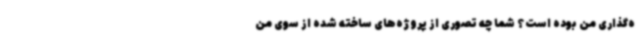
ه‌گذاری من بوده است؟ شما چه تصوری از پروژه‌های ساخته شده از سوی من